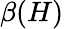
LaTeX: \beta(H)